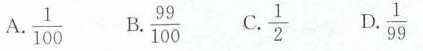
A.\frac{1}{100} B.\frac{99}{100} C.\frac{1}{2} D.\frac{1}{99}